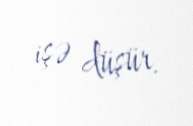
işə düşür.